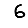
Digit: 6